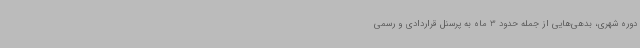
دوره شهری، بدهی‌هایی از جمله حدود 3 ماه به پرسنل قراردادی و رسمی